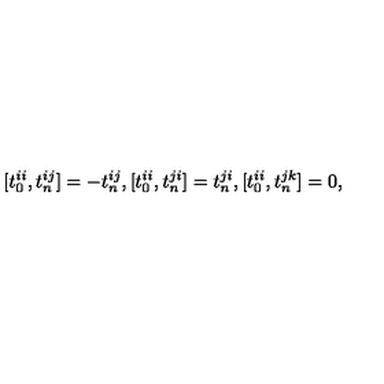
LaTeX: [ t _ { 0 } ^ { i i } , t _ { n } ^ { i j } ] = - t _ { n } ^ { i j } , [ t _ { 0 } ^ { i i } , t _ { n } ^ { j i } ] = t _ { n } ^ { j i } , [ t _ { 0 } ^ { i i } , t _ { n } ^ { j k } ] = 0 ,